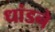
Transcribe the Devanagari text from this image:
धांडने